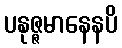
ပနုဇ္ဇမာနေနပိ